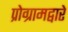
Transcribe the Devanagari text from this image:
प्रोग्रामद्वारे